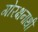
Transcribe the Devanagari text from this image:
गोरक्षनाथी